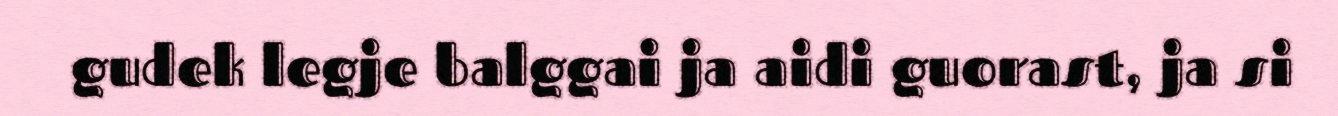
gudek legje balggai ja aidi guorast, ja si